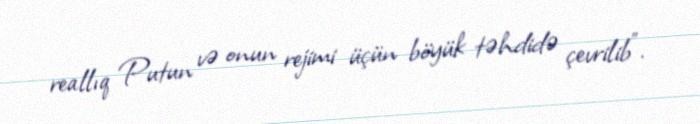
reallıq Putun və onun rejimi üçün böyük təhdidə çevrilib”.